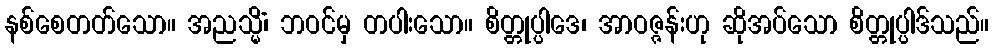
နစ်စေတတ်သော။ အညသ္မိံ၊ ဘဝင်မှ တပါးသော။ စိတ္တုပ္ပါဒေ၊ အာဝဇ္ဇန်းဟု ဆိုအပ်သော စိတ္တုပ္ပါဒ်သည်။